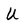
Character: U